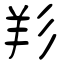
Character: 羏